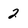
Character: 2